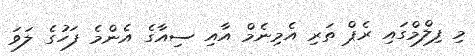
މި ފިލްމްގައި ރެޕް ތަރި އެމިނެމް އާއި ސިއާގެ އެންމެ ފަހުގެ ލަވަ